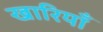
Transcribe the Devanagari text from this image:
खारियाँ